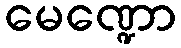
မေဏ္ဍော